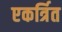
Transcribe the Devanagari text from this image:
एकर्त्रित